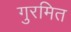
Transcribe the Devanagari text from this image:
गुरमित